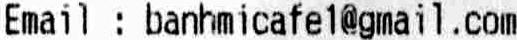
EMAIL : BANHMICAFE1@GMAIL.COM